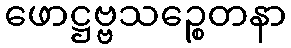
ဖောဋ္ဌဗ္ဗသဉ္စေတနာ